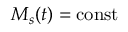
M _ { s } ( t ) = \mathrm { c o n s t }